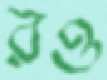
রও